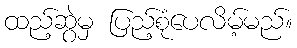
ထည့်ဆွဲမှ ပြည့်စုံပေလိမ့်မည်။